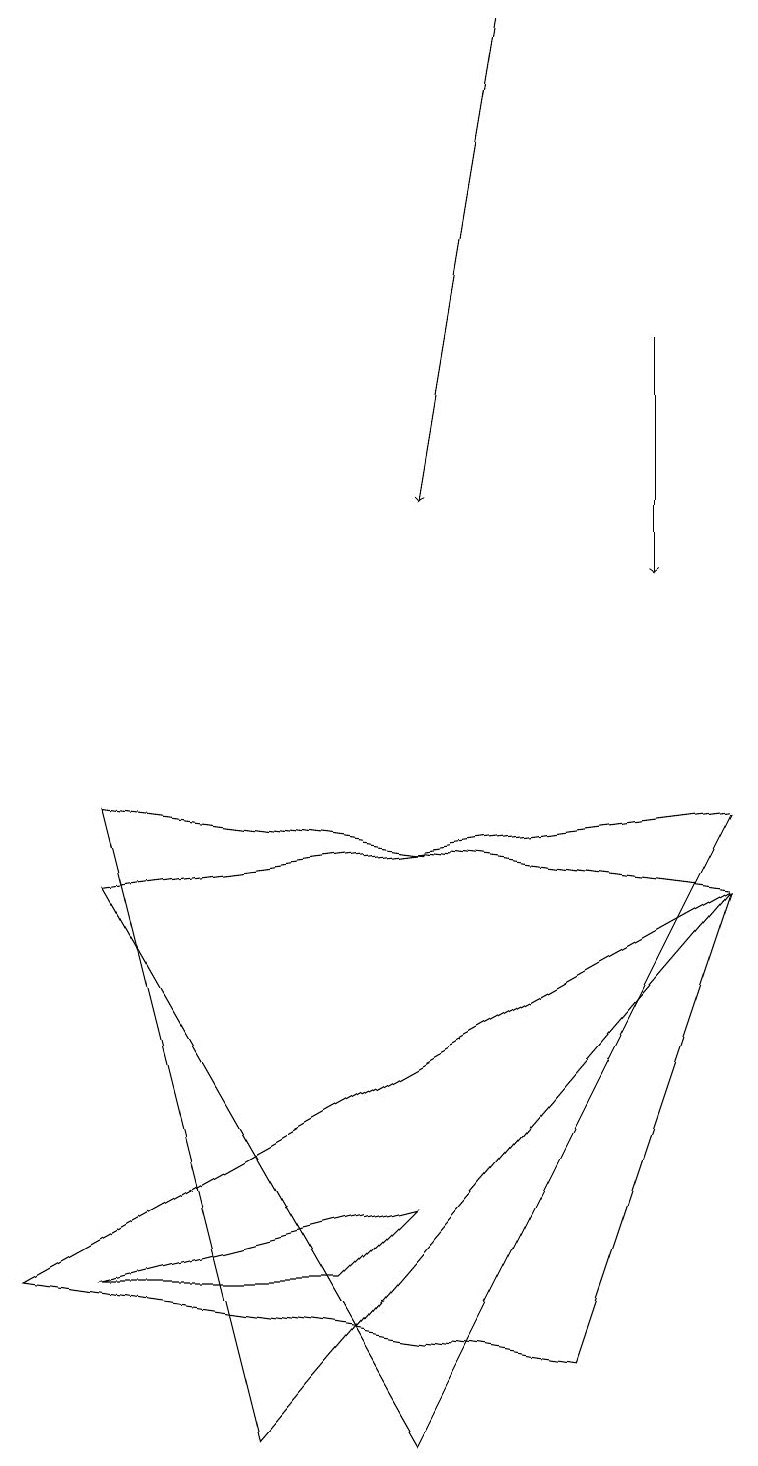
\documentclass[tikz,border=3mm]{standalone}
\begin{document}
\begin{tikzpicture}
\draw (9,8) -- (1,9) -- (3,1) -- cycle;
\draw (5,4) -- (4,3) -- (1,3) -- cycle;
\draw[->] (8,15) -- (8,12);
\draw (0,3) -- (7,2) -- (9,8) -- cycle;
\draw (1,8) -- (5,1) -- (9,9) -- cycle;
\draw[->] (6,19) -- (5,13);
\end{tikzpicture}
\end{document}